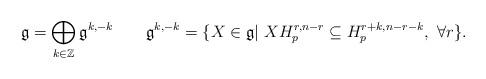
LaTeX: \begin{align*}\mathfrak{g}=\bigoplus_{k\in \mathbb{Z}} \mathfrak{g}^{k,-k}\quad\quad\mathfrak{g}^{k, -k}= \{X\in\mathfrak{g}|~XH^{r, n-r}_p\subseteq H^{r+k, n-r-k}_p,\ \forall r\}.\end{align*}